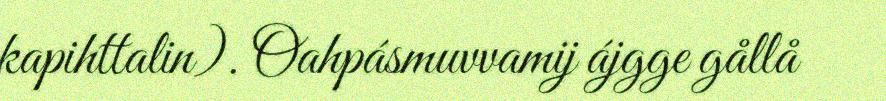
kapihttalin). Oahpásmuvvamij ájgge gållå